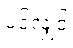
ပင်လျှင်